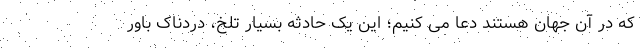
که در آن جهان هستند دعا می کنیم؛ این یک حادثه بسیار تلخ، دردناک باور